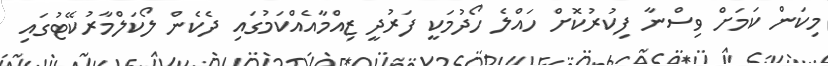
މިކަން ކަމަށް ވިސްނާ ފިކުރުކޮށް ހައްލެ ހޯދުމަކީ ފަރުދީ ޒިއްމާއެއްކަމުގައި ދެކެން ލޯކަލްމާރުކޭޓުގައި